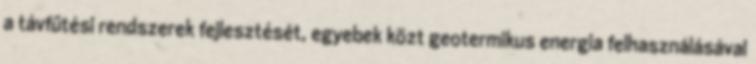
a távfűtési rendszerek fejlesztését, egyebek közt geotermikus energia felhasználásával